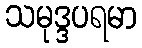
သမုဒ္ဒပရမာ